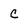
Character: c